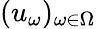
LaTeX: (u_{\omega})_{\omega\in\Omega}